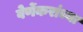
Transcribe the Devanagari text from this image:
वेर्णेकरांच्या